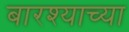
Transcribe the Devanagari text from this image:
बारश्याच्या